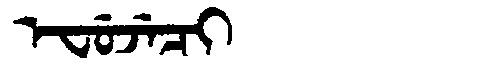
Manchu: ᡝᠸᡠᠵᡝᠴᡳ
Romanization: EFUJECI